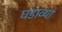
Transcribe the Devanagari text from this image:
घडाव्या